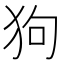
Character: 狗